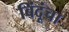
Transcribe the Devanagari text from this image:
बिंदूंचा